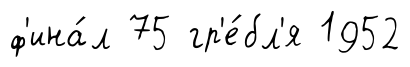
ф'ина́л 75 гр'е́бл'я 1952